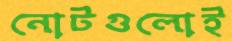
নোটগুলোই